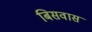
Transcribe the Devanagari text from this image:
बिसवास